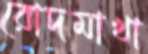
রোদমাখা